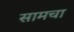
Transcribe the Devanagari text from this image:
सामचा